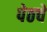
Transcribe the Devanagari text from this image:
पेठचे